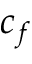
c _ { f }